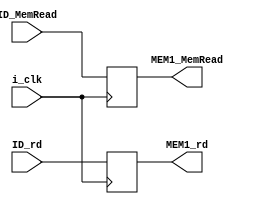
module MEM1_buffer (
    input i_clk,
    input ID_MemRead,
    input [4:0] ID_rd,
    output MEM1_MemRead,
    output [4:0] MEM1_rd
);

reg MEM1_MemRead_w, MEM1_MemRead_r;
reg [4:0] MEM1_rd_w, MEM1_rd_r;

assign MEM1_MemRead = MEM1_MemRead_r;
assign MEM1_rd = MEM1_rd_r;

always @(*) begin
    MEM1_MemRead_w = ID_MemRead;
    MEM1_rd_w = ID_rd;
end

always @(posedge i_clk) begin
    MEM1_MemRead_r = MEM1_MemRead_w;
    MEM1_rd_r = MEM1_rd_w;
end
    
    
endmodule